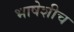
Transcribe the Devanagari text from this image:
भाषेशीच